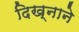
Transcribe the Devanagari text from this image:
दिख्नाने